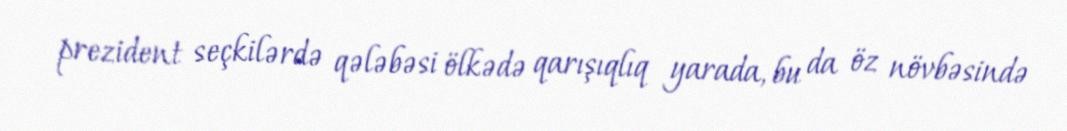
prezident seçkilərdə qələbəsi ölkədə qarışıqlıq yarada, bu da öz növbəsində